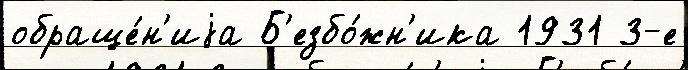
обраще́н'иjа Б'езбо́жн'ика 1931 3-е